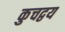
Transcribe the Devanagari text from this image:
कुचद्वय